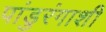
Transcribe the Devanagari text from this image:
पांडुरंगाशी